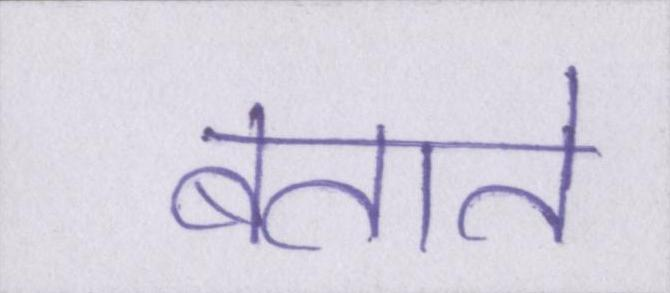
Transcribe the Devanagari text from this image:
बताते